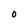
Character: O